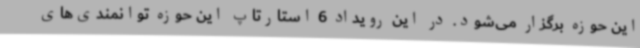
این حوزه برگزار می‌شود. در این رویداد 6 استارتاپ این حوزه توانمندی‌های